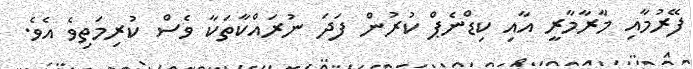
ފޭރުމާއި މާރާމާރީ އާއި ކިޑްނެޕް ކުރުން ފަދަ ނުރައްކާތަކާ ވެސް ކުރިމަތިވެ އެވެ.